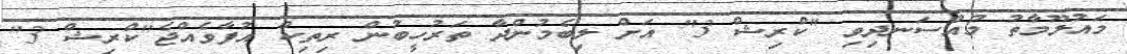
މައުލޫމާތު މުއްސަނދިވި "ކްރިޝް 3" އަށް ލިބެމުންދާ ތަރުހީބުން ރިތިކް އުފާވެއްޖެ"ކްރިޝް 3"